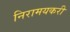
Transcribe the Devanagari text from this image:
निरामयकरी